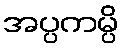
အပ္ပကမ္ပိ